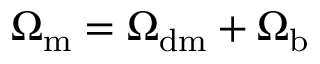
\Omega _ { \mathrm { m } } = \Omega _ { \mathrm { d m } } + \Omega _ { \mathrm { b } }